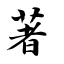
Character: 著